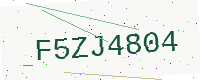
Text: F5ZJ4804